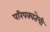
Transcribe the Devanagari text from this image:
परिपक्वतेची